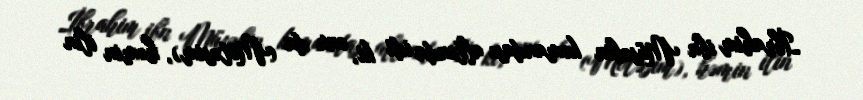
İbrahim ibn Müsəbin komandası altında idi ki, onu da (Mötəsim), həmin ilin